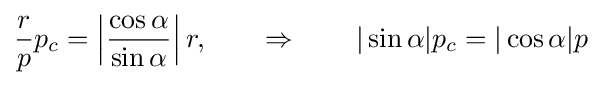
{\frac {r}{p}}p_{c}=\left|{\frac {\cos \alpha }{\sin \alpha }}\right|r,\qquad \Rightarrow \qquad |\sin \alpha |p_{c}=|\cos \alpha |p